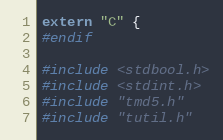
Language: C
extern "C" {
#endif

#include <stdbool.h>
#include <stdint.h>
#include "tmd5.h"
#include "tutil.h"